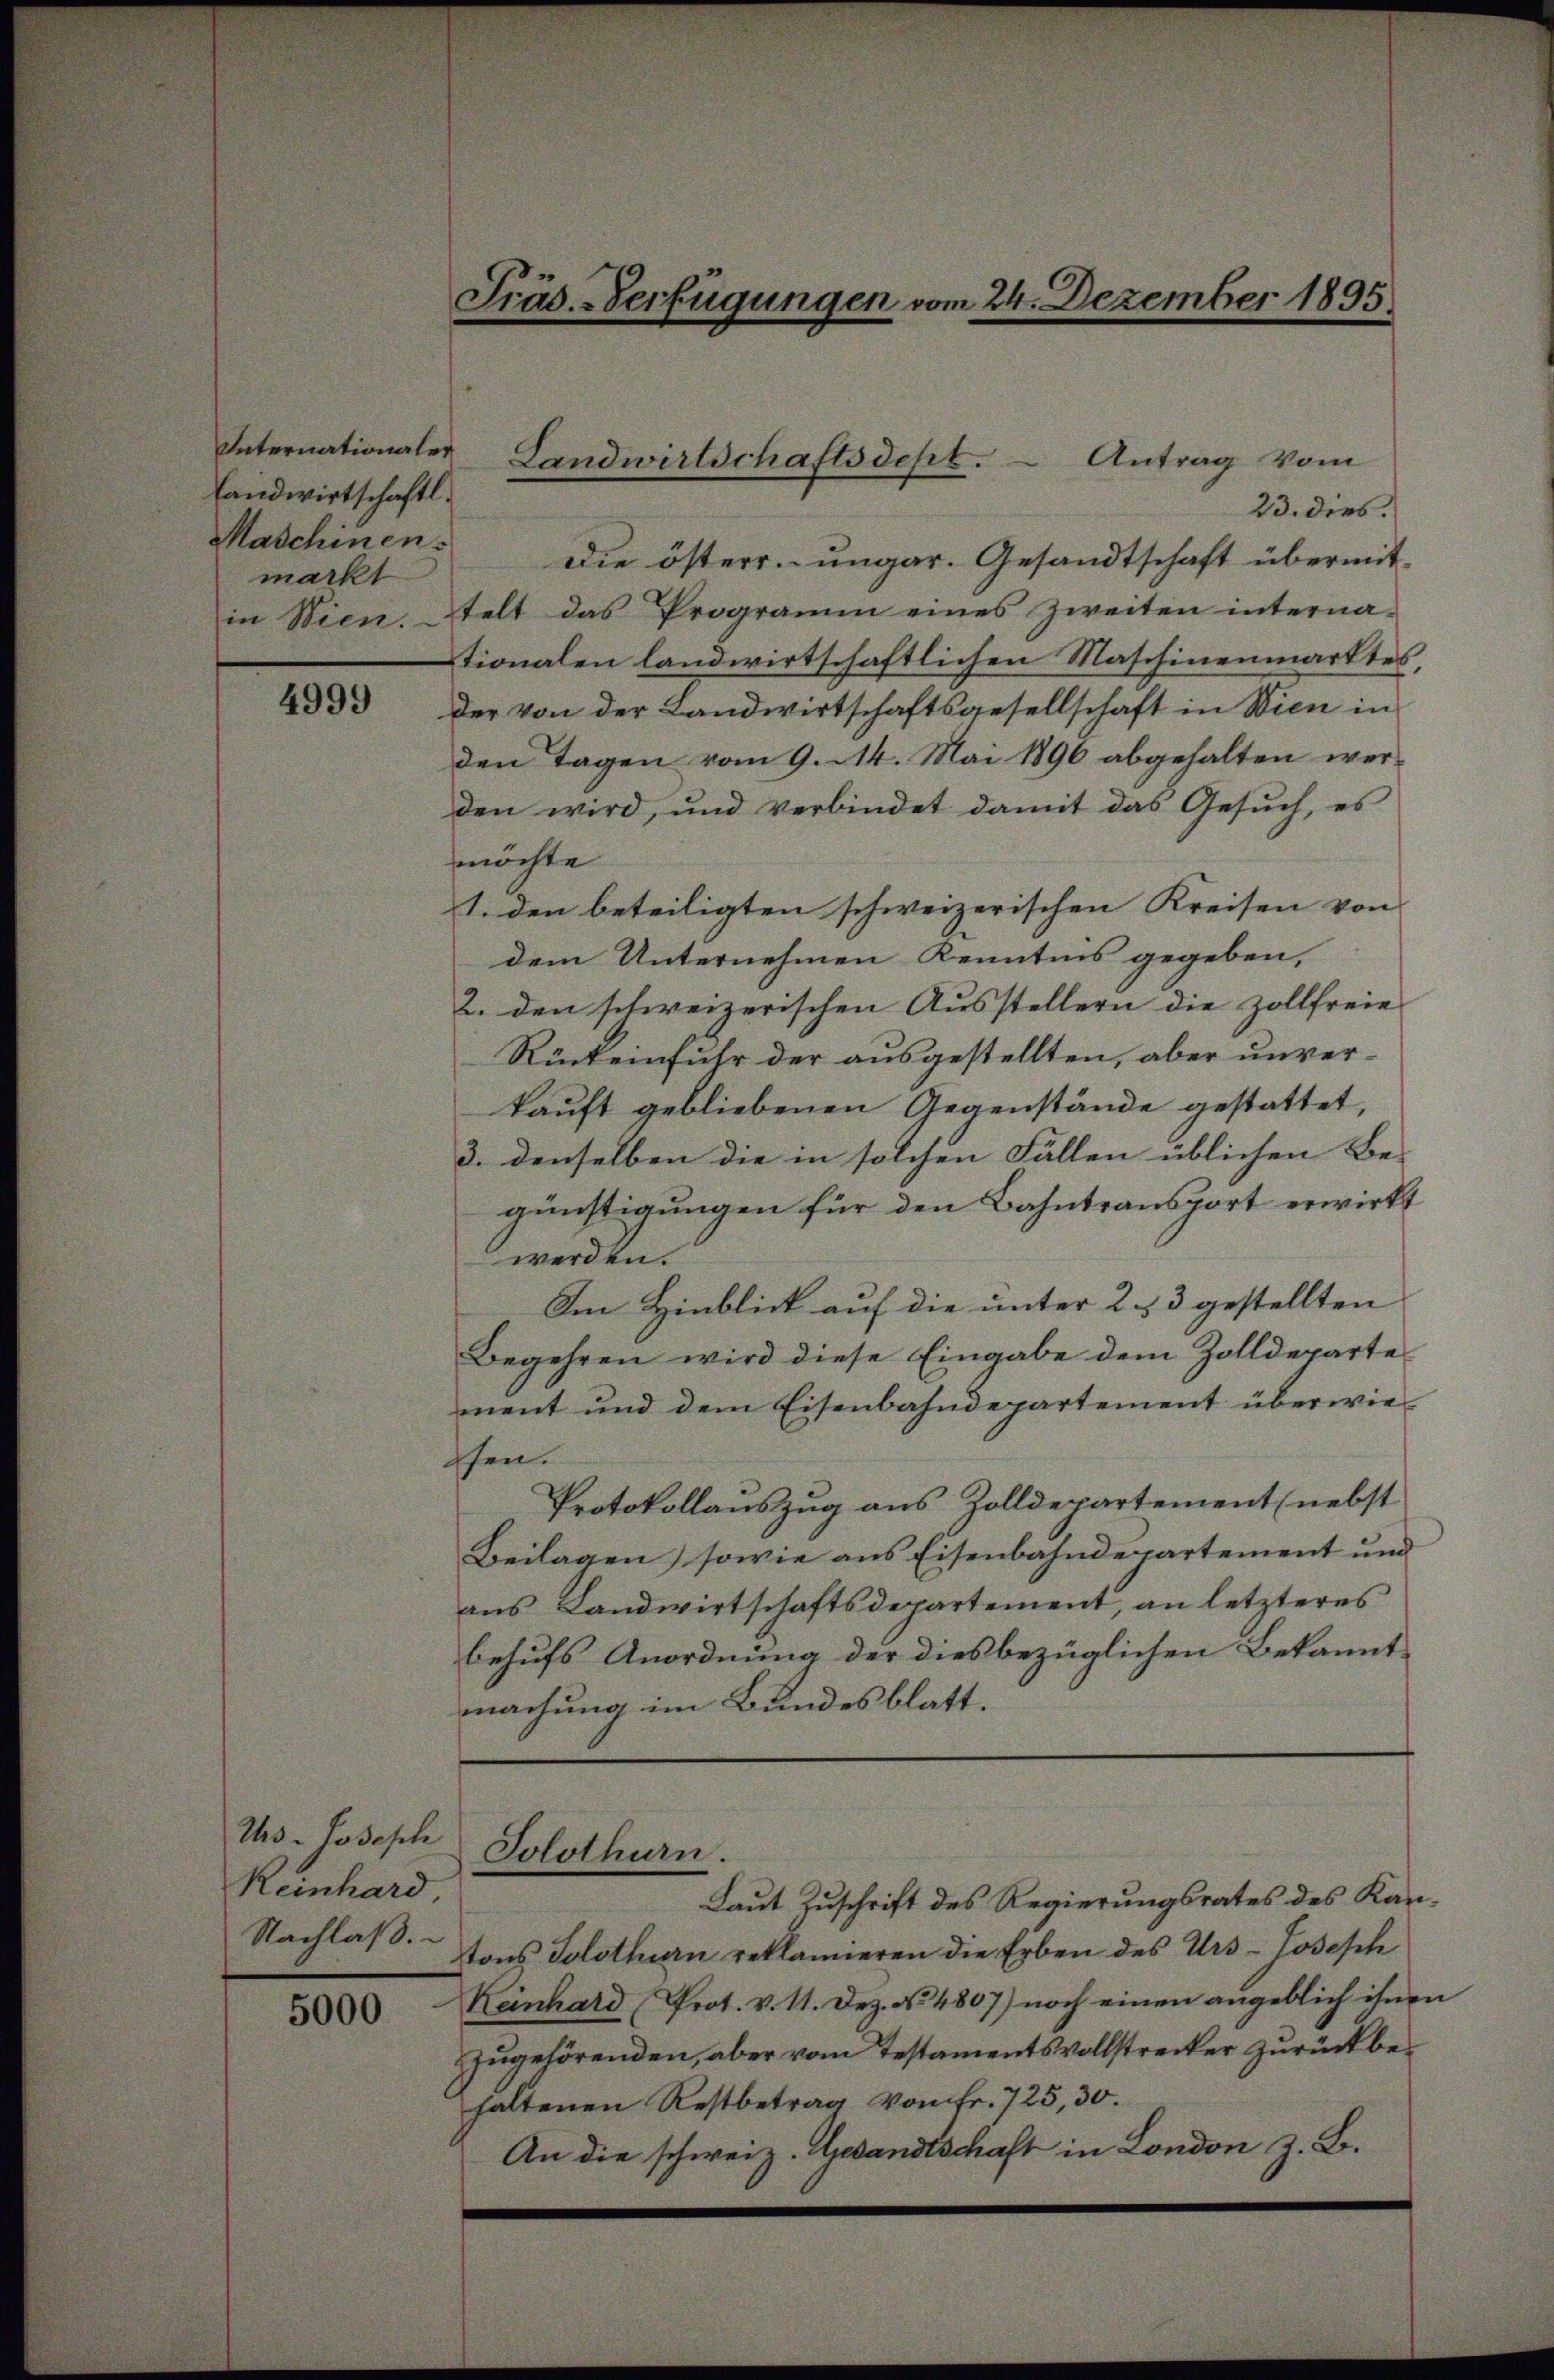
Landwirtschaftl.
Maschinen.
markt

4999

Ihs-Joseph
Reinhard,
Nachlaß.

5000

Präs.-Verfügungen vom 24. Dezember 1895.

23. dies
Die österr. ungar. Gesandtschaft übermit-
in Wien, telt das Programm eines zweiten interna-
tionalen landwirtschaftlichen Maschinenmarktes,
der von der Landwirtschaftsgesellschaft in Wien in
den Tagen vom 9. 14. Mai 1896 abgehalten werden wird, und verbindet damit das Gesŭch, es
möchte
1. den beteiligten schweizerischen Kreisen von
dem Unternehmen Kenntnis gegeben,
2. den schweizerischen Ausstellern die zollfreie
Rückeinfuhr der ausgestellten, aber unverkauft gebliebenen Gegenstände gestattet,
3. denselben die in solchen Fällen üblichen Be- |
günstigungen für den Bahntransport erwirkt
werden.
Im Hinblick auf die unter 2, 3 gestellten
Begehren wird diese Eingabe dem Zolldeparte
ment und dem Eisenbahndepartement überwiessen.
Protokollauszug aus Zolldepartement (nebst
Beilagen) sowie aus Eisenbahndepartement und
aus Landwirtschaftsdepartement, an letzteres
behufs Anordnung der diesbezüglichen Bekannt.
machung im Bundesblatt.

Internationaler Landwirtschaftsdept.  Antrag vom

Solothurn.

Laut Zuschrift des Regierungsrates des Kantons Solothurn reklamieren die Erben des Urs-Losesch
Keinhard Prot. v. 11. Dez. No. 4807) noch einen angeblich ihnen
zugehörenden, aber vom Testamentsvollstrecker zurückbehaltenen Restbetrag vom fr. 725, 30.
An die schweiz. Gesandtschaft in London z. B.